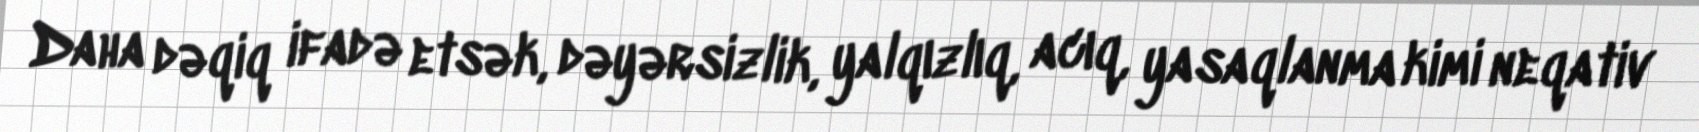
Daha dəqiq ifadə etsək, dəyərsizlik, yalqızlıq, acıq, yasaqlanma kimi neqativ